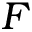
F